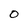
Character: O